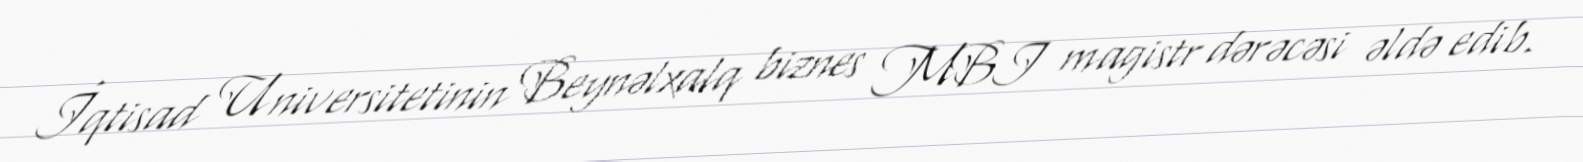
İqtisad Universitetinin Beynəlxalq biznes MBI magistr dərəcəsi əldə edib.